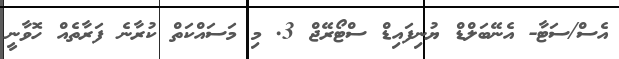
އެސް/ސަޓާ- އެނޭބަލްޑް ޔުނިފައިޑް ސްޓޯރޭޖް 3. މި މަސައްކަތް ކުރާނެ ފަރާތެއް ހޮވާނީ